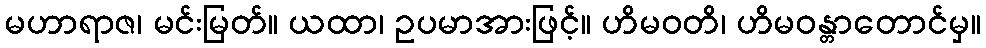
မဟာရာဇ၊ မင်းမြတ်။ ယထာ၊ ဥပမာအားဖြင့်။ ဟိမဝတိ၊ ဟိမဝန္တာတောင်မှ။